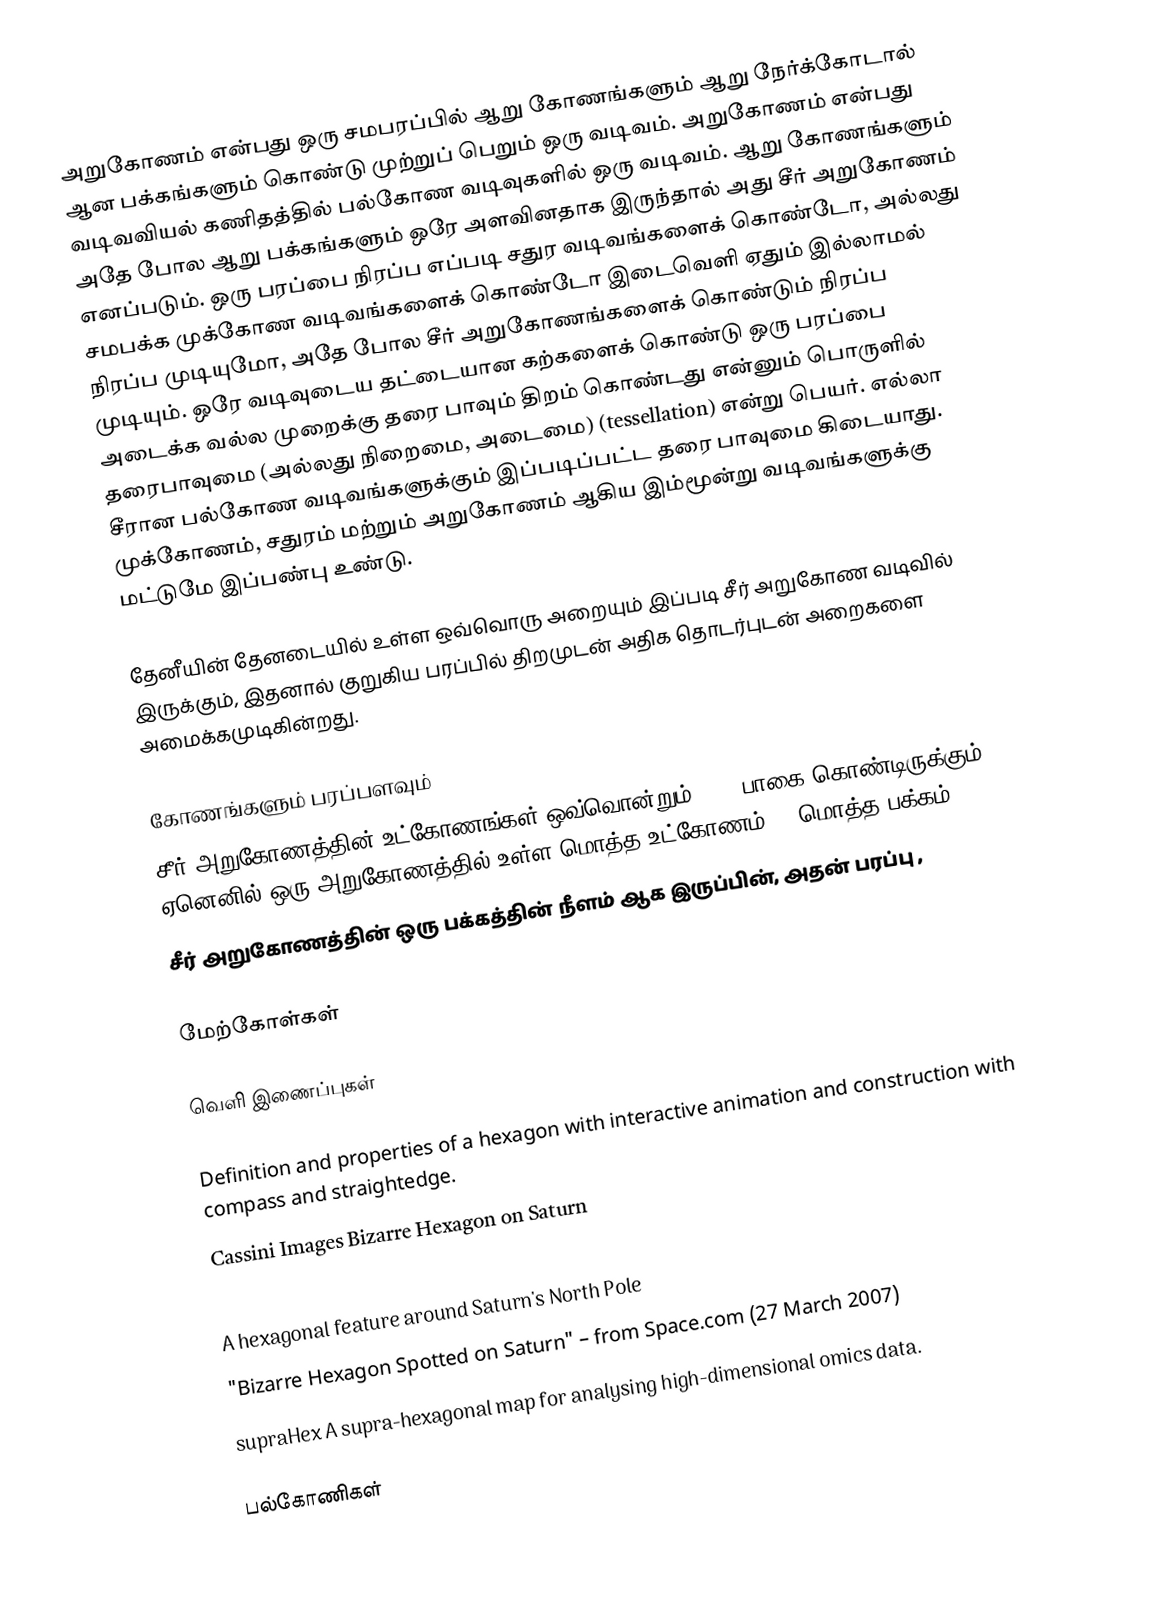
அறுகோணம் என்பது ஒரு சமபரப்பில் ஆறு கோணங்களும் ஆறு நேர்க்கோடால் ஆன பக்கங்களும் கொண்டு முற்றுப் பெறும் ஒரு வடிவம். அறுகோணம் என்பது வடிவவியல் கணிதத்தில் பல்கோண வடிவுகளில் ஒரு வடிவம். ஆறு கோணங்களும் அதே போல ஆறு பக்கங்களும் ஒரே அளவினதாக இருந்தால் அது சீர் அறுகோணம் எனப்படும். ஒரு பரப்பை நிரப்ப எப்படி சதுர வடிவங்களைக் கொண்டோ, அல்லது சமபக்க முக்கோண வடிவங்களைக் கொண்டோ இடைவெளி ஏதும் இல்லாமல் நிரப்ப முடியுமோ, அதே போல சீர் அறுகோணங்களைக் கொண்டும் நிரப்ப முடியும். ஒரே வடிவுடைய தட்டையான கற்களைக் கொண்டு ஒரு பரப்பை அடைக்க வல்ல முறைக்கு தரை பாவும் திறம் கொண்டது என்னும் பொருளில் தரைபாவுமை (அல்லது நிறைமை, அடைமை) (tessellation) என்று பெயர். எல்லா சீரான பல்கோண வடிவங்களுக்கும் இப்படிப்பட்ட தரை பாவுமை கிடையாது. முக்கோணம், சதுரம் மற்றும் அறுகோணம் ஆகிய இம்மூன்று வடிவங்களுக்கு மட்டுமே இப்பண்பு உண்டு.

தேனீயின் தேனடையில் உள்ள ஒவ்வொரு அறையும் இப்படி சீர் அறுகோண வடிவில் இருக்கும், இதனால் குறுகிய பரப்பில் திறமுடன் அதிக தொடர்புடன் அறைகளை அமைக்கமுடிகின்றது.

கோணங்களும் பரப்பளவும்
 சீர் அறுகோணத்தின் உட்கோணங்கள் ஒவ்வொன்றும் 120° பாகை கொண்டிருக்கும். ஏனெனில் ஒரு அறுகோணத்தில் உள்ள மொத்த உட்கோணம் = (மொத்த பக்கம் - 2) .
 சீர் அறுகோணத்தின் ஒரு பக்கத்தின் நீளம்  ஆக இருப்பின், அதன் பரப்பு ,

மேற்கோள்கள்

வெளி இணைப்புகள்

Definition and properties of a hexagon with interactive animation and construction with compass and straightedge.
Cassini Images Bizarre Hexagon on Saturn
Saturn's Strange Hexagon
A hexagonal feature around Saturn's North Pole
"Bizarre Hexagon Spotted on Saturn" – from Space.com (27 March 2007)
 supraHex A supra-hexagonal map for analysing high-dimensional omics data.

பல்கோணிகள்